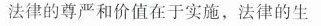
法律的尊严和价值在于实施，法律的生